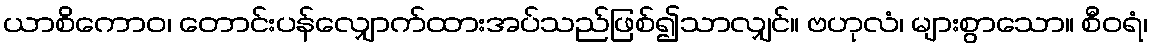
ယာစိကောဝ၊ တောင်းပန်လျှောက်ထားအပ်သည်ဖြစ်၍သာလျှင်။ ဗဟုလံ၊ များစွာသော။ စီဝရံ၊